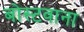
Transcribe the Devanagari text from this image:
बोस्टवाना